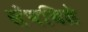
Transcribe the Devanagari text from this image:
संपविते